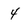
Character: 4